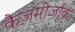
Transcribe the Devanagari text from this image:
कैज़मीर्जाक़